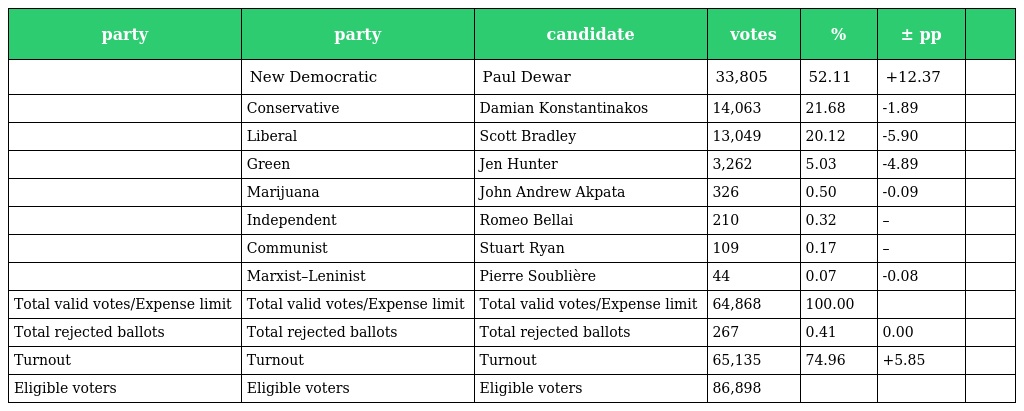
| party | party | candidate | votes | % | ± pp |  |
 | --- | --- | --- | --- | --- | --- | --- |
 |  | New Democratic | Paul Dewar | 33,805 | 52.11 | +12.37 |  |
 |  | Conservative | Damian Konstantinakos | 14,063 | 21.68 | -1.89 |  |
 |  | Liberal | Scott Bradley | 13,049 | 20.12 | -5.90 |  |
 |  | Green | Jen Hunter | 3,262 | 5.03 | -4.89 |  |
 |  | Marijuana | John Andrew Akpata | 326 | 0.50 | -0.09 |  |
 |  | Independent | Romeo Bellai | 210 | 0.32 | – |  |
 |  | Communist | Stuart Ryan | 109 | 0.17 | – |  |
 |  | Marxist–Leninist | Pierre Soublière | 44 | 0.07 | -0.08 |  |
 | Total valid votes/Expense limit | Total valid votes/Expense limit | Total valid votes/Expense limit | 64,868 | 100.00 |  |  |
 | Total rejected ballots | Total rejected ballots | Total rejected ballots | 267 | 0.41 | 0.00 |  |
 | Turnout | Turnout | Turnout | 65,135 | 74.96 | +5.85 |  |
 | Eligible voters | Eligible voters | Eligible voters | 86,898 |  |  |  |